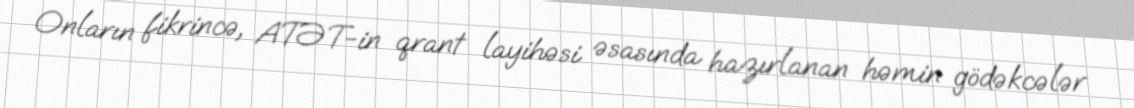
Onların fikrincə, ATƏT-in qrant layihəsi əsasında hazırlanan həmin gödəkcələr